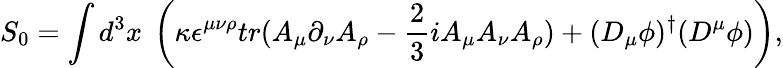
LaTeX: S_{0}=\int d^{3}x~\left(\kappa\epsilon^{\mu\nu\rho}tr(A_{\mu}\partial_{\nu}A_{\rho}-\frac{2}{3}iA_{\mu}A_{\nu}A_{\rho})+(D_{\mu}\phi)^{\dagger}(D^{\mu}\phi)\right),